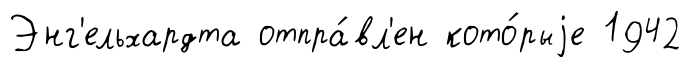
Энг'ельхардта отпра́вл'ен кото́рыjе 1942